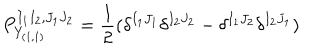
P _ { Y _ { ( 1 , 1 ) } } ^ { I _ { 1 } I _ { 2 } , J _ { 1 } J _ { 2 } } = \frac { 1 } { 2 } ( \delta ^ { I _ { 1 } J _ { 1 } } \delta ^ { I _ { 2 } J _ { 2 } } - \delta ^ { I _ { 1 } J _ { 2 } } \delta ^ { I _ { 2 } J _ { 1 } } )